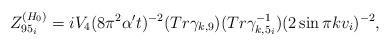
LaTeX: \begin{align*}Z^{(H_0)}_{95_i}= iV_4(8\pi ^2\alpha't)^{-2}(Tr\gamma_{k,9})(Tr\gamma_{k,5_i}^{-1})(2\sin\pi kv_i)^{-2},\end{align*}